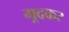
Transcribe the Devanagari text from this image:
गूदकर